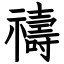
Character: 禱